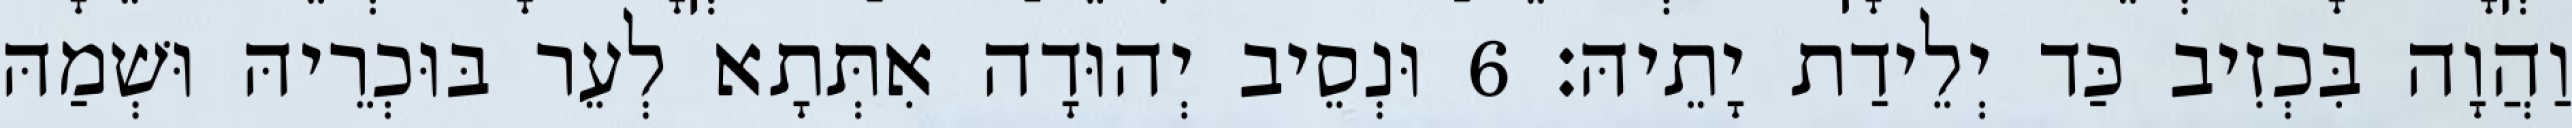
וַהֲוָה בִּכְזִיב כַּד יְלֵידַת יָתֵיהּ׃ 6 וּנְסֵיב יְהוּדָה אִתְּתָא לְעֵר בּוּכְרֵיהּ וּשְׁמַהּ